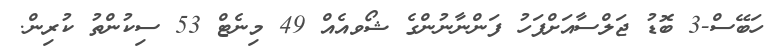
ހަބޭސް-3 ބޮޑު ޖަލްސާއަށްފަހު ފަންނާނުންގެ ޝޯވއެއް 49 މިނެޓް 53 ސިކުންތު ކުރިން.